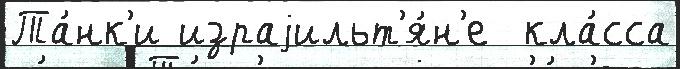
Та́нк'и израjильт'я́н'е  кла́сса